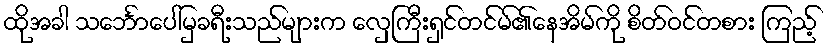
ထိုအခါ သင်္ဘောပေါ်မှခရီးသည်များက လှေကြီးရှင်တင်မ်၏နေအိမ်ကို စိတ်ဝင်တစား ကြည့်